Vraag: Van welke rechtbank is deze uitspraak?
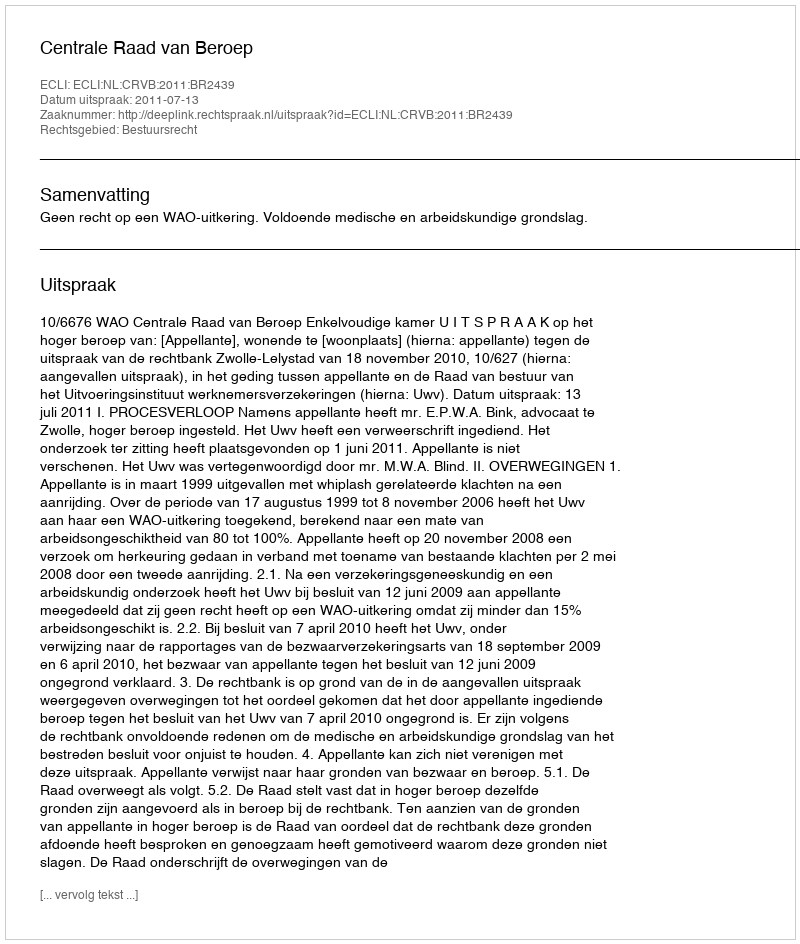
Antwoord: Centrale Raad van Beroep